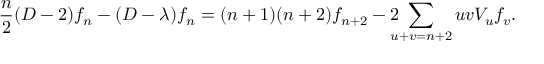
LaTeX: \frac { n } { 2 } ( D - 2 ) f _ { n } - ( D - \lambda ) f _ { n } = ( n + 1 ) ( n + 2 ) f _ { n + 2 } - 2 \! \! \! \! \sum _ { u + v = n + 2 } u v V _ { u } f _ { v } .